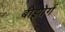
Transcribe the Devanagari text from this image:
बोझोर्ग